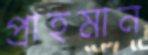
প্রাহমান